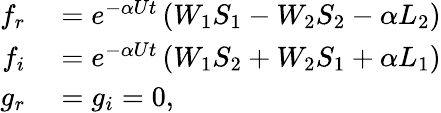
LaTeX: \begin{array}{rl}{f_{r}}&{{}=e^{-\alpha Ut}\left(W_{1}S_{1}-W_{2}S_{2}-\alpha L_{2}\right)}\\ {f_{i}}&{{}=e^{-\alpha Ut}\left(W_{1}S_{2}+W_{2}S_{1}+\alpha L_{1}\right)}\\ {g_{r}}&{{}=g_{i}=0,}\end{array}